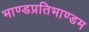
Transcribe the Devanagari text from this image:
भाण्डप्रतिभाण्डम